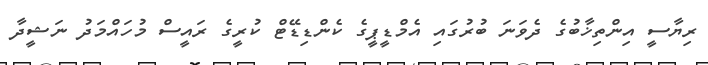
ރިޔާސީ އިންތިޚާބުގެ ދެވަނަ ބުރުގައި އެމްޑީޕީގެ ކެންޑިޑޭޓް ކުރީގެ ރައީސް މުހައްމަދު ނަޝީދާ